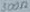
Text: 300Ω